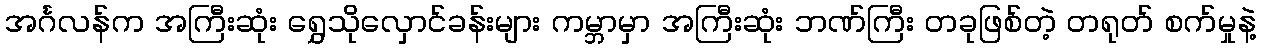
အင်္ဂလန်က အကြီးဆုံး ရွှေသိုလှောင်ခန်းများ ကမ္ဘာမှာ အကြီးဆုံး ဘဏ်ကြီး တခုဖြစ်တဲ့ တရုတ် စက်မှုနဲ့